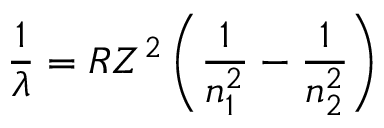
{ \frac { 1 } { \lambda } } = R Z ^ { 2 } \left( { \frac { 1 } { n _ { 1 } ^ { 2 } } } - { \frac { 1 } { n _ { 2 } ^ { 2 } } } \right)